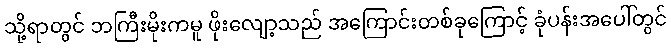
သို့ရာတွင် ဘကြီးမိုးကမူ ဖိုးလျော့သည် အကြောင်းတစ်ခုကြောင့် ခုံပန်းအပေါ်တွင်